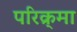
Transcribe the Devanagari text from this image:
परिक्र्मा